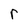
Character: r